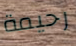
رحيمة